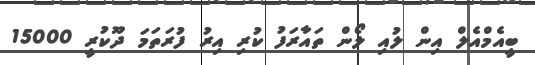
ބީއެމްއެލް އިން ލުއި ލޯން ތައާރަފު ކުރި އިރު ފުރަތަމަ ދޫކުރީ 15000